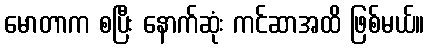
မောတာက စပြီး နောက်ဆုံး ကင်ဆာအထိ ဖြစ်မယ်။